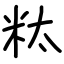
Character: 粏